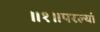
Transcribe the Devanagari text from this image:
॥१॥परल्यां